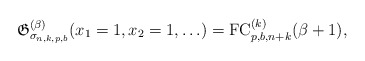
\begin{gather*}\mathfrak{G}_{\sigma_{n,k,p,b}}^{(\beta)}(x_1=1,x_2=1,\ldots)={\rm FC}_{p,b,n+k}^{(k)}(\beta +1),\end{gather*}